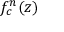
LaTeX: f _ { c } ^ { n } ( z )